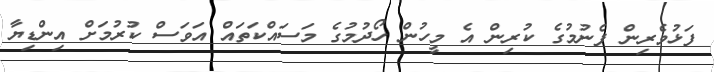
ފަޅުވެރިން ފެނުމުގެ ކުރިން އެ މީހުން ހޯދުމުގެ މަސައްކަތައް އަވަސް ކުރުމަށް އިންޑިޔާ